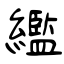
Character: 繿